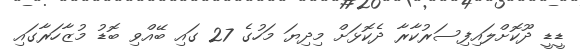
ޑީޑީ ދޫކޮށްލައިފިސަރުކާރާ ދެކޮޅަށް މިދިޔަ މަހުގެ 27 ގައި ބޭއްވި ބޮޑު މުޒާހަރާގައި